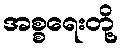
အစ္စရေးတို့